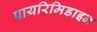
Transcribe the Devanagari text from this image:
पायरिमिडाइन